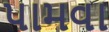
પામવા